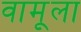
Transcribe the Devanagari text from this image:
वामूला